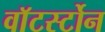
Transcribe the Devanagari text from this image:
वाॅटर्स्टोन